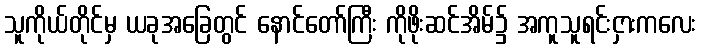
သူကိုယ်တိုင်မှ ယခုအခြေတွင် နောင်တော်ကြီး ကိုဖိုးဆင်အိမ်၌ အကူသူရင်းငှားကလေး